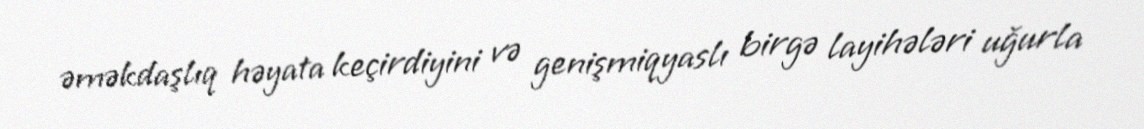
əməkdaşlıq həyata keçirdiyini və genişmiqyaslı birgə layihələri uğurla